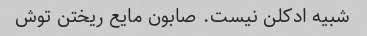
شبیه ادکلن نیست. صابون مایع ریختن توش